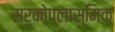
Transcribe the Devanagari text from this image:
सर्कोप्लास्मिक